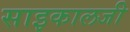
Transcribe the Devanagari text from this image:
साइकालजी